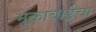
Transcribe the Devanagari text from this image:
मुक्ताबाईचा